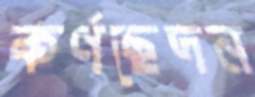
কর্ণছেদন